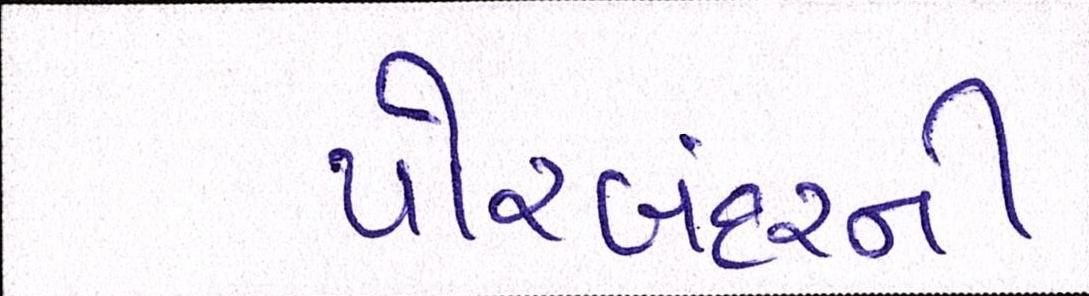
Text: પોરબંદરની